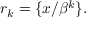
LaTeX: r _ { k } = \{ x / \beta ^ { k } \} .